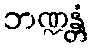
ဘဏ္ဍန္တံ